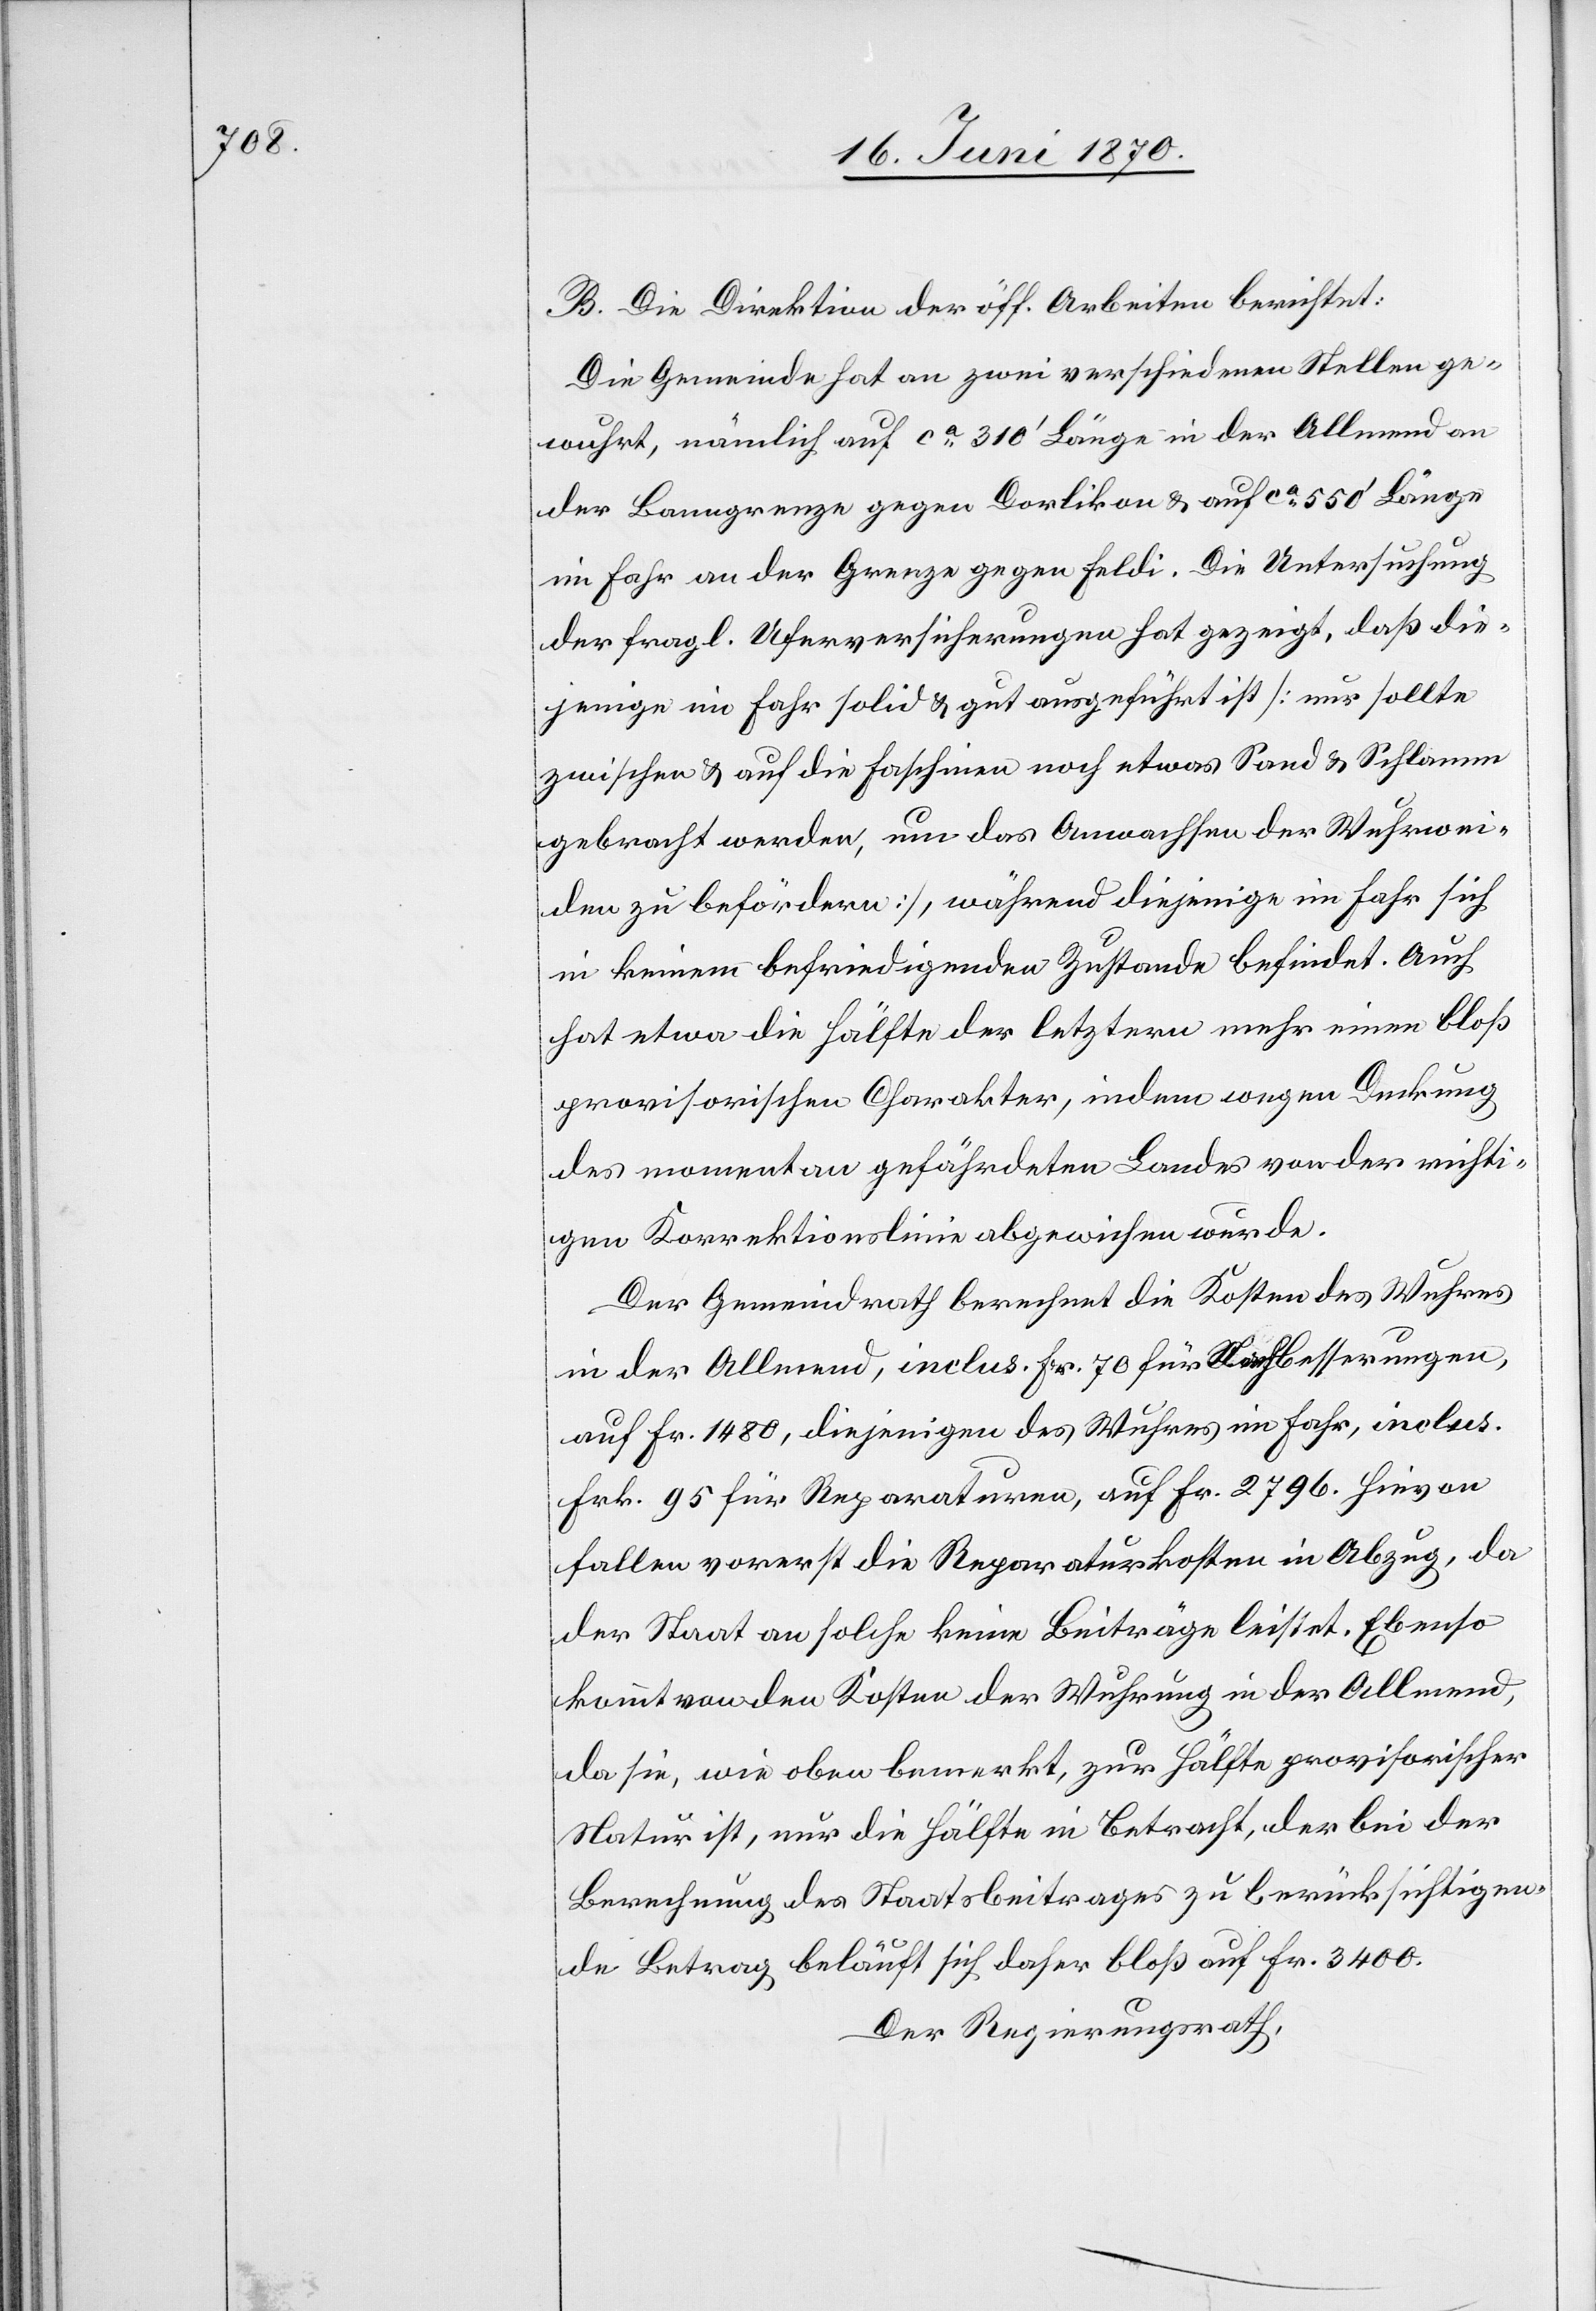
B. Die Direktion der öff. Arbeiten berichtet:
Die Gemeinde hat an zwei verschiedenen Stellen ge¬
wuhrt, nämlich auf ca 310‘ Länge in der Allmend an
der Banngrenze gegen Dorlikon & auf ca 550‘ Länge
im Fahr an der Grenze gegen Feldi. Die Untersuchung
der fragl. Uferversicherungen hat gezeigt, daß die¬
jenige im Fahr solid & gut ausgeführt ist [nur sollte
zwischen & auf die Faschinen noch etwas Sand & Schlamm
gebracht werden, um das Anwachsen der Wuhrwei¬
den zu befördern], während diejenige im Fahr sich
in keinem befriedigenden Zustande befindet. [sic!]
hat etwa die Hälfte der letztern mehr einen bloß
provisorischen Charakter, indem wegen Deckung
des momentan gefährdeten Landes von der richti¬
gen Korrektionslinie abgewiesen wurde.
Der Gemeindrath berechnet die Kosten des Wuhres
in der Allmend, inclus. Fr. 70 für Nachbesserungen,
auf Fr. 1480, diejenigen des Wuhres im Fahr, inclus.
Frk. 95 für Reparaturen, auf Fr. 2796. Hievon
fallen vorerst die Reparaturkosten in Abzug, da
der Staat an solche keine Beiträge leistet. Ebenso
kommt von den Kosten der Wuhrung in der Allmend,
da sie, wie oben bemerkt, zur Hälfte provisorischer
Natur ist, nur die Hälfte in Betracht, der bei der
Berechnung des Staatsbeitrages zu berücksichtigen¬
de Betrag beläuft sich daher bloß auf Fr. 3400.
Der Regierungsrath,